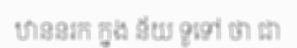
ឋាននរក ក្នុង ន័យ ទូទៅ ថា ជា